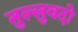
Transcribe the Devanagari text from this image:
तुल्लुवदो